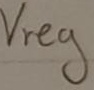
Text: Vreg